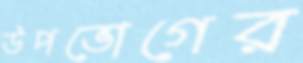
উপভোগের